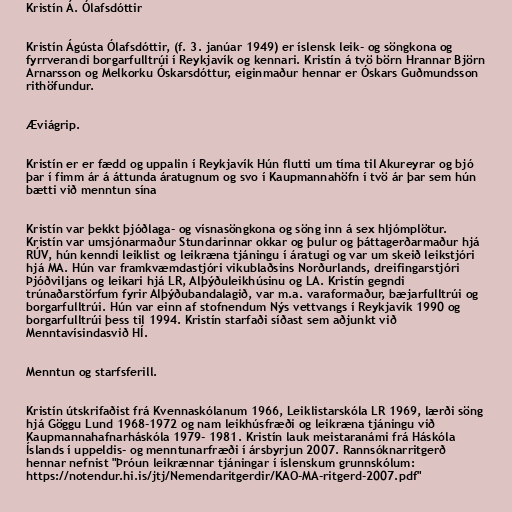
Kristín Á. Ólafsdóttir

Kristín Ágústa Ólafsdóttir, (f. 3. janúar 1949) er íslensk leik- og söngkona og
fyrrverandi borgarfulltrúi í Reykjavík og kennari. Kristín á tvö börn Hrannar Björn
Arnarsson og Melkorku Óskarsdóttur, eiginmaður hennar er Óskars Guðmundsson
rithöfundur.

Æviágrip.

Kristín er er fædd og uppalin í Reykjavík Hún flutti um tíma til Akureyrar og bjó
þar í fimm ár á áttunda áratugnum og svo í Kaupmannahöfn í tvö ár þar sem hún
bætti við menntun sína

Kristín var þekkt þjóðlaga- og vísnasöngkona og söng inn á sex hljómplötur.
Kristín var umsjónarmaður Stundarinnar okkar og þulur og þáttagerðarmaður hjá
RÚV, hún kenndi leiklist og leikræna tjáningu í áratugi og var um skeið leikstjóri
hjá MA. Hún var framkvæmdastjóri vikublaðsins Norðurlands, dreifingarstjóri
Þjóðviljans og leikari hjá LR, Alþýðuleikhúsinu og LA. Kristín gegndi
trúnaðarstörfum fyrir Alþýðubandalagið, var m.a. varaformaður, bæjarfulltrúi og
borgarfulltrúi. Hún var einn af stofnendum Nýs vettvangs í Reykjavík 1990 og
borgarfulltrúi þess til 1994. Kristín starfaði síðast sem aðjunkt við
Menntavísindasvið HÍ.

Menntun og starfsferill.

Kristín útskrifaðist frá Kvennaskólanum 1966, Leiklistarskóla LR 1969, lærði söng
hjá Göggu Lund 1968-1972 og nam leikhúsfræði og leikræna tjáningu við
Kaupmannahafnarháskóla 1979- 1981. Kristín lauk meistaranámi frá Háskóla
Íslands í uppeldis- og menntunarfræði í ársbyrjun 2007. Rannsóknarritgerð
hennar nefnist "Þróun leikrænnar tjáningar í íslenskum grunnskólum:
https://notendur.hi.is/jtj/Nemendaritgerdir/KAO-MA-ritgerd-2007.pdf"